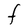
Character: F